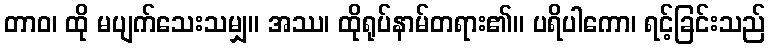
တာဝ၊ ထို မပျက်သေးသမျှ။ အဿ၊ ထိုရုပ်နာမ်တရား၏။ ပရိပါကော၊ ရင့်ခြင်းသည်